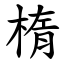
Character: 楕